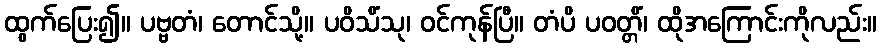
ထွက်ပြေး၍။ ပဗ္ဗတံ၊ တောင်သို့။ ပဝိသိံသု၊ ဝင်ကုန်ပြီ။ တံပိ ပဝတ္တိံ၊ ထိုအကြောင်းကိုလည်း။